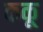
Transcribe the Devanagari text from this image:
ककू